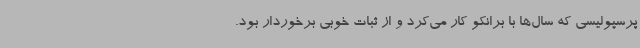
پرسپولیسی که سال‌ها با برانکو کار می‌کرد و از ثبات خوبی برخوردار بود.